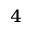
_ 4